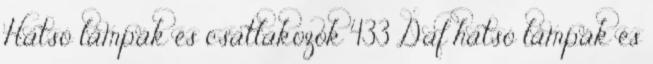
Hátsó lámpák és csatlakozók 433 Daf hátsó lámpák és